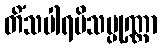
တိံသပါရမိသမ္ပုဏ္ဏာ